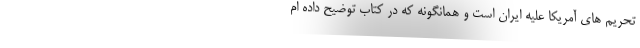
تحریم های آمریکا علیه ایران است و همانگونه که در کتاب توضیح داده ام